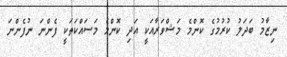
ނިޒާމު ބަދަލު ކުރުމުގެ ކޮންމެ މަޝްވަރާއަކީ އަދި ކޮންމެ މަސައްކަތަކީ ފެންނަ ނުފެންނަ